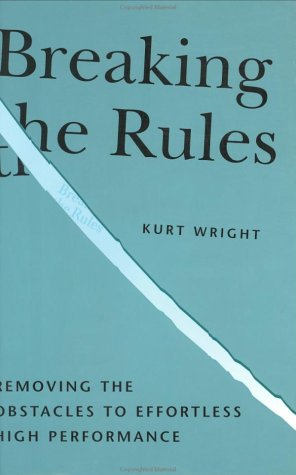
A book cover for Breaking the Rules, Removing the Obstacles to Effortless High Performance; Kurt Wright; Business & Money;